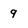
Character: 9